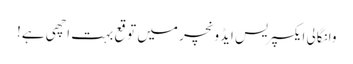
وانگالی ایکسپریس ایڈونچر میں توقع بہت اچھی ہے!